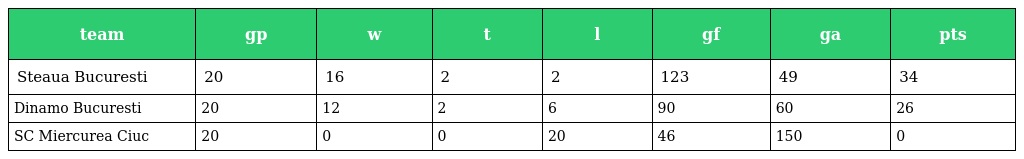
| team | gp | w | t | l | gf | ga | pts |
 | --- | --- | --- | --- | --- | --- | --- | --- |
 | Steaua Bucuresti | 20 | 16 | 2 | 2 | 123 | 49 | 34 |
 | Dinamo Bucuresti | 20 | 12 | 2 | 6 | 90 | 60 | 26 |
 | SC Miercurea Ciuc | 20 | 0 | 0 | 20 | 46 | 150 | 0 |